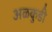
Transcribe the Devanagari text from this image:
अळकुडी